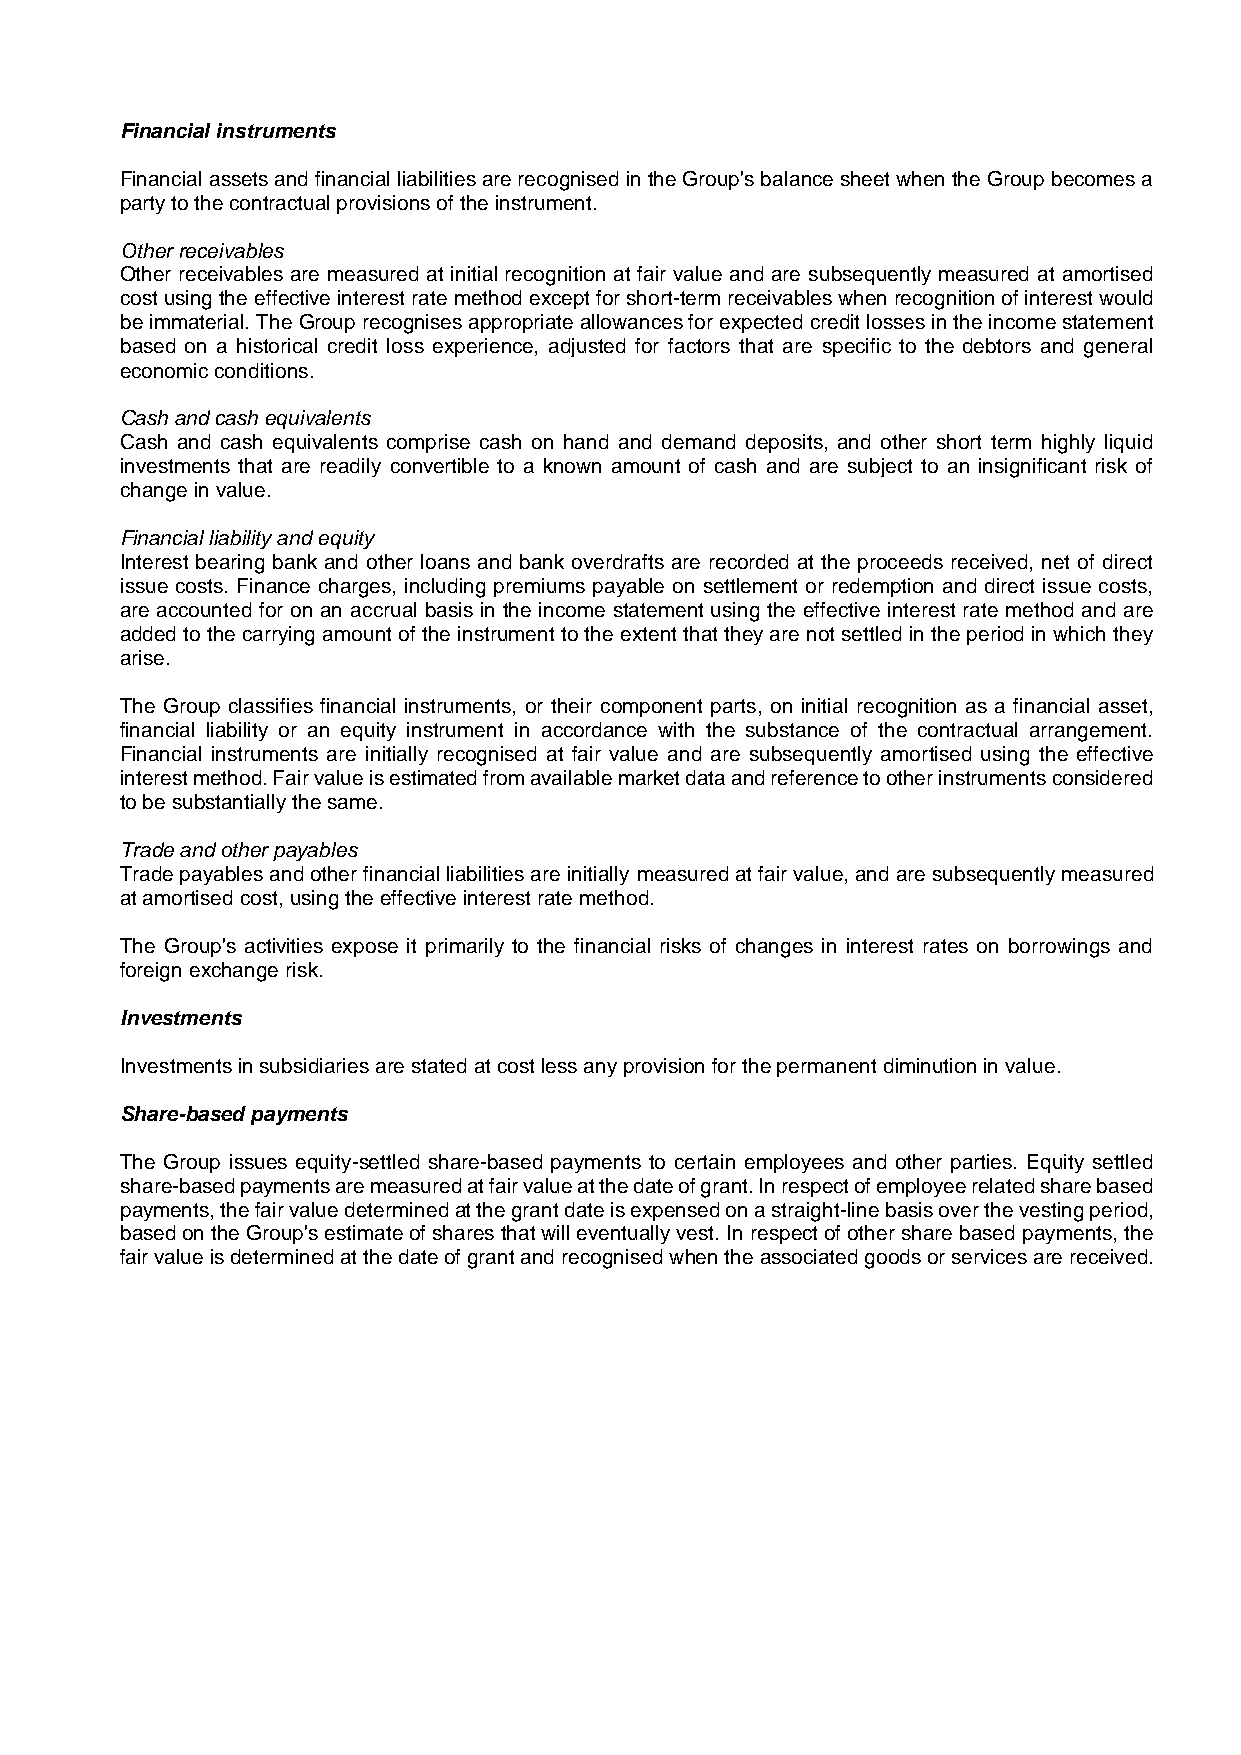
Financial instruments
 Financial assets and financial liabilities are recognised in the Group's balance sheet when the Group becomes a
 party to the contractual provisions of the instrument.
 Other receivables
 Other receivables are measured at initial recognition at fair value and are subsequently measured at amortised
 cost using the effective interest rate method except for short-term receivables when recognition of interest would
 be immaterial. The Group recognises appropriate allowances for expected credit losses in the income statement
 based on a historical credit loss experience, adjusted for factors that are specific to the debtors and general
 economic conditions.
 Cash and cash equivalents
 Cash and cash equivalents comprise cash on hand and demand deposits, and other short term highly liquid
 investments that are readily convertible to a known amount of cash and are subject to an insignificant risk of
 change in value.
 Financial liability and equity
 Interest bearing bank and other loans and bank overdrafts are recorded at the proceeds received, net of direct
 issue costs. Finance charges, including premiums payable on settlement or redemption and direct issue costs,
 are accounted for on an accrual basis in the income statement using the effective interest rate method and are
 added to the carrying amount of the instrument to the extent that they are not settled in the period in which they
 arise.
 The Group classifies financial instruments, or their component parts, on initial recognition as a financial asset,
 financial liability or an equity instrument in accordance with the substance of the contractual arrangement.
 Financial instruments are initially recognised at fair value and are subsequently amortised using the effective
 interest method. Fair value is estimated from available market data and reference to other instruments considered
 to be substantially the same.
 Trade and other payables
 Trade payables and other financial liabilities are initially measured at fair value, and are subsequently measured
 at amortised cost, using the effective interest rate method.
 The Group's activities expose it primarily to the financial risks of changes in interest rates on borrowings and
 foreign exchange risk.
 Investments
 Investments in subsidiaries are stated at cost less any provision for the permanent diminution in value.
 Share-based payments
 The Group issues equity-settled share-based payments to certain employees and other parties. Equity settled
 share-based payments are measured at fair value at the date of grant. In respect of employee related share based
 payments, the fair value determined at the grant date is expensed on a straight-line basis over the vesting period,
 based on the Group's estimate of shares that will eventually vest. In respect of other share based payments, the
 fair value is determined at the date of grant and recognised when the associated goods or services are received.